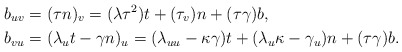
\begin{align*}b_{uv} & =(\tau n)_{v}=(\lambda\tau^{2})t+(\tau_{v})n+(\tau\gamma)b,\\b_{vu} & =(\lambda_{u}t-\gamma n)_{u}=(\lambda_{uu}-\kappa\gamma)t+(\lambda_{u}\kappa-\gamma_{u})n+(\tau\gamma)b.\end{align*}